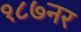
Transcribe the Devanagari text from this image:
१८७नर